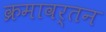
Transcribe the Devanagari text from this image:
क्रमावर्तन